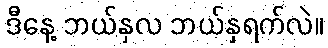
ဒီနေ့ ဘယ်နှလ ဘယ်နှရက်လဲ။